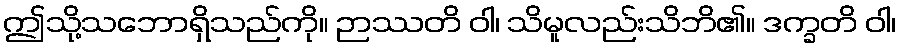
ဤသို့သဘောရှိသည်ကို။ ဉာဿတိ ဝါ၊ သိမူလည်းသိဘိ၏။ ဒက္ခတိ ဝါ၊